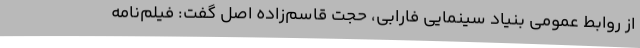
از روابط عمومی بنیاد سینمایی فارابی، حجت قاسم‌زاده اصل گفت: فیلم‌نامه‌